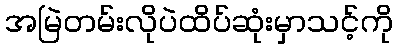
အမြဲတမ်းလိုပဲထိပ်ဆုံးမှာသင့်ကို